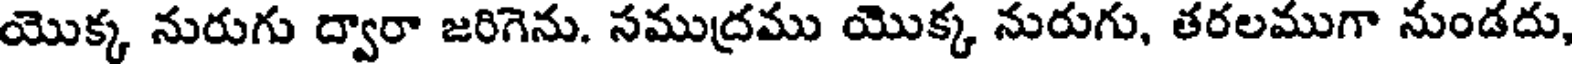
యొక్క నురుగు ద్వారా జరిగెను. సముద్రము యొక్క నురుగు, తరలముగా నుండదు,